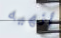
أنهيه